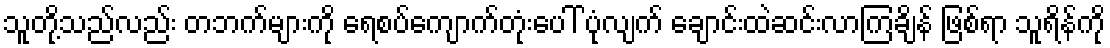
သူတို့သည်လည်း တဘက်များကို ရေစပ်ကျောက်တုံးပေါ် ပုံလျက် ချောင်းထဲဆင်းလာကြချိန် ဖြစ်ရာ သူရိန်ကို